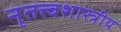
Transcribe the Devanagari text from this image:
नृतत्त्वशास्त्रीय